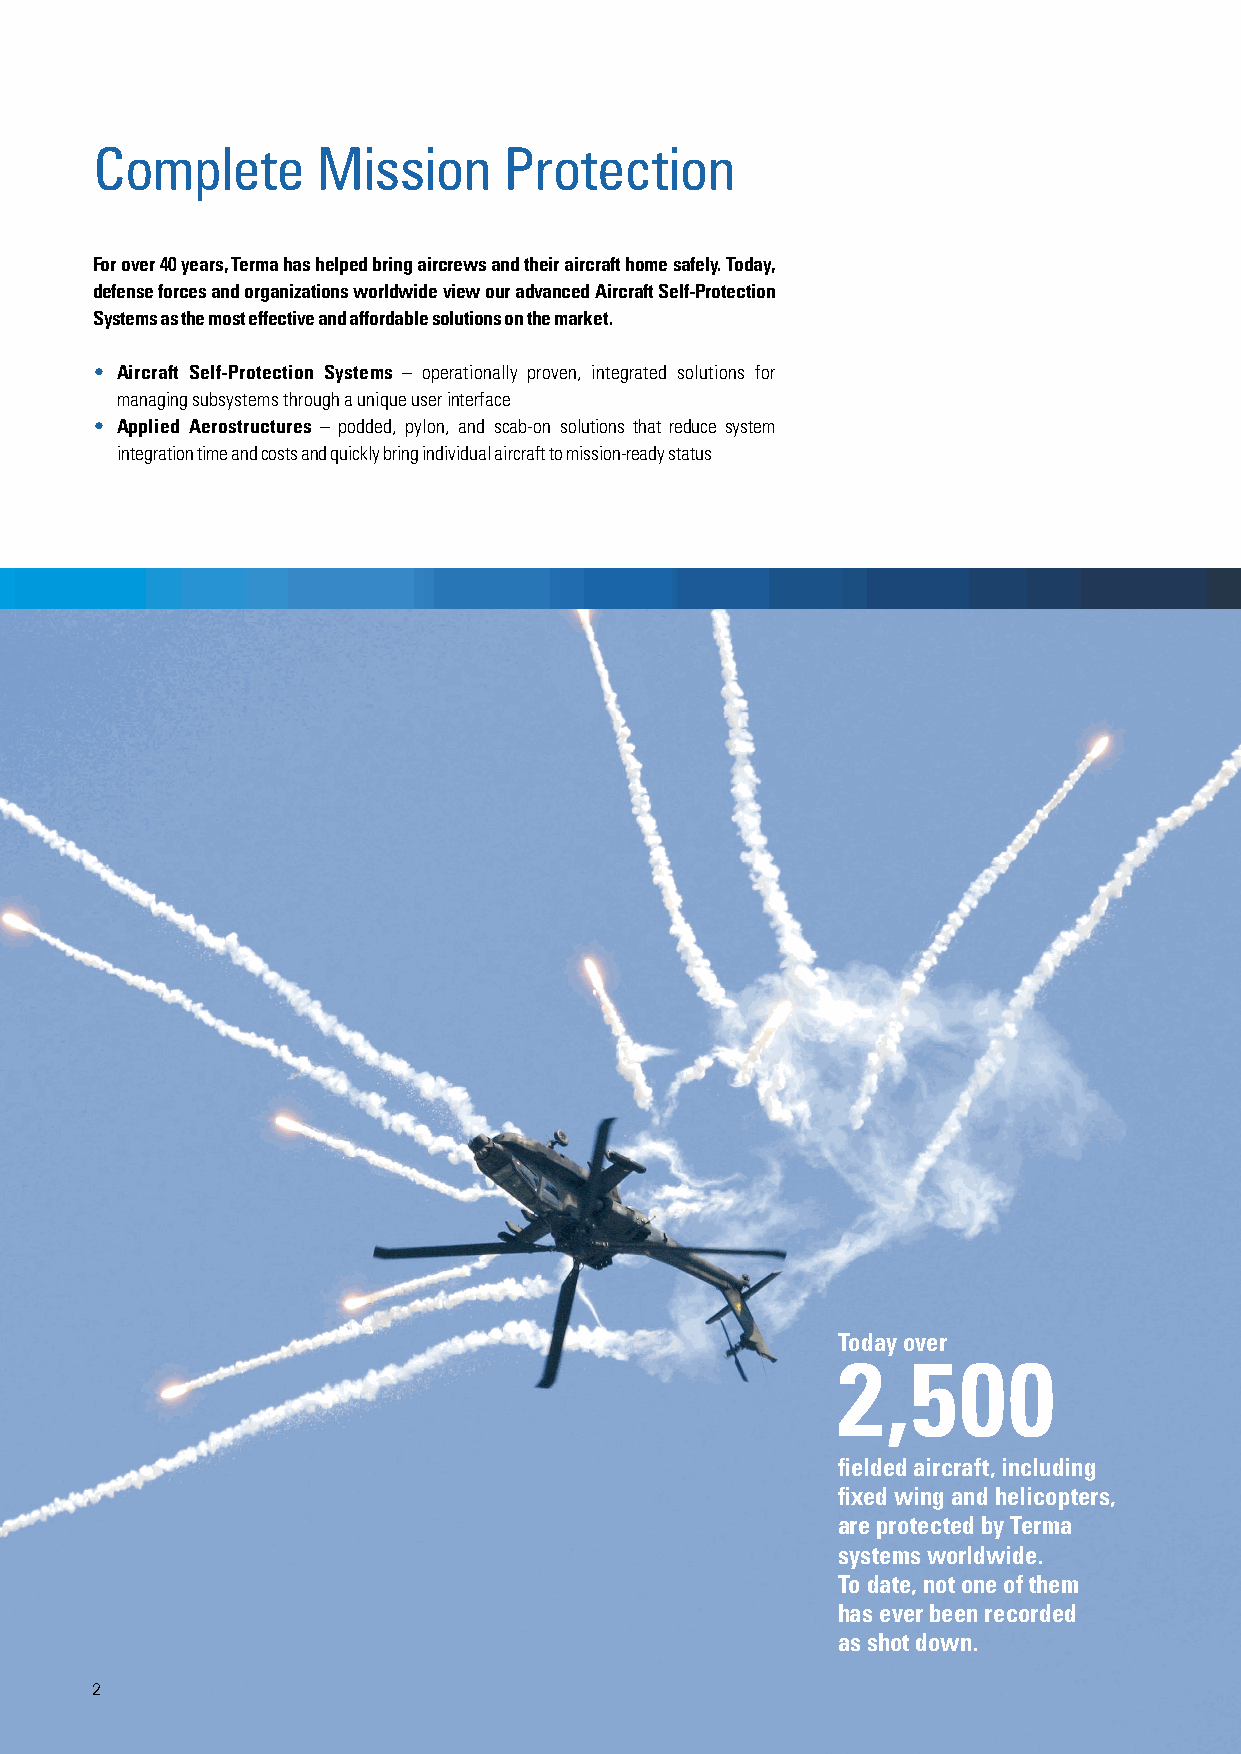
Complete       Mission     Protection
 For over 40 years, Terma has helped bring aircrews and their aircraft home safely. Today,
 defense forces and organizations worldwide view our advanced Aircraft Self-Protection
 Systems as the most effective and affordable solutions on the market.
 • Aircraft Self-Protection Systems – operationally proven, integrated solutions for
 managing subsystems through a unique user interface
 • Applied Aerostructures – podded, pylon, and scab-on solutions that reduce system
 integration time and costs and quickly bring individual aircraft to mission-ready status
 Today over
 2,500
 fielded aircraft, including
 fixed wing and helicopters,
 are protected by Terma
 systems worldwide.
 To date, not one of them
 has ever been recorded
 as shot down.
 2